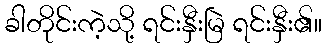
ခါတိုင်းကဲ့သို့ ရင်းနှီးမြဲ ရင်းနှီး၏။